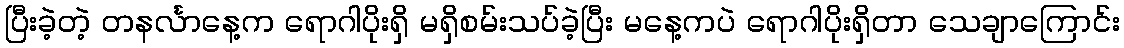
ပြီးခဲ့တဲ့ တနင်္လာနေ့က ရောဂါပိုးရှိ မရှိစမ်းသပ်ခဲ့ပြီး မနေ့ကပဲ ရောဂါပိုးရှိတာ သေချာကြောင်း